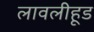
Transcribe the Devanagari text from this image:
लावलीहूड